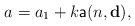
\begin{align*} a=a_1+k\mathsf{a}(n,\mathbf{d}),\end{align*}